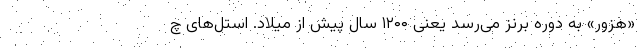
«هزور» به دوره برنز می‌رسد یعنی ۱۲۰۰ سال پیش از میلاد. استل‌های چ